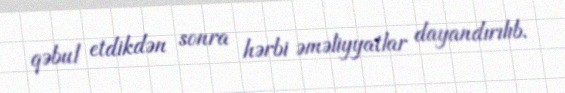
qəbul etdikdən sonra hərbi əməliyyatlar dayandırılıb.